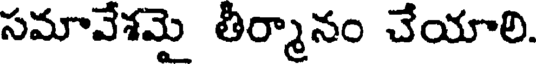
సమావేశమై తీర్మానం చేయాలి.